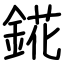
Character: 錵